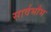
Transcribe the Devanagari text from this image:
सार्वभौभ